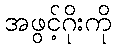
အဖွင့်ဂိုးကို